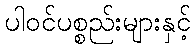
ပါဝင်ပစ္စည်းများနှင့်